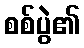
စစ်ပွဲ၏